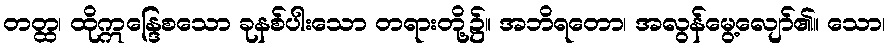
တတ္ထ၊ ထိုဣန္ဒြေစသော ခုနစ်ပါးသော တရားတို့၌။ အဘိရတော၊ အလွန်မွေ့လျော်၏။ သော၊